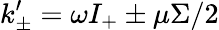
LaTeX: k_{\pm}^{\prime}=\omega I_{+}\pm\mu\Sigma/2